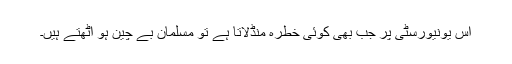
اس یونیورسٹی پر جب بھی کوئی خطرہ منڈلاتا ہے تو مسلمان بے چین ہو اٹھتے ہیں۔